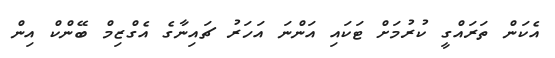
އެކަން ތަރައްގީ ކުރުމަށް ޓަކައި އަންނަ އަހަރު ޗައިނާގެ އެގްޒިމް ބޭންކް އިން